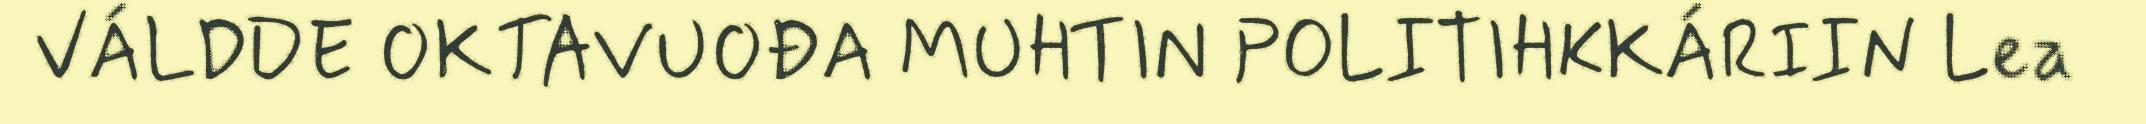
VÁLDDE OKTAVUOĐA MUHTIN POLITIHKKÁRIIN Lea